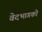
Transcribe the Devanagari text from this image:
वेदभागको